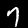
Label: 7